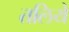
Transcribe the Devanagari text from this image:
तलिये